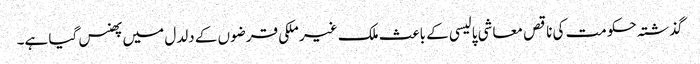
گذشتہ حکومت کی ناقص معاشی پالیسی کے باعث ملک غیر ملکی قرضوں کے دلدل میں پھنس گیا ہے۔